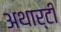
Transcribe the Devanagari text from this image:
अथार्टी